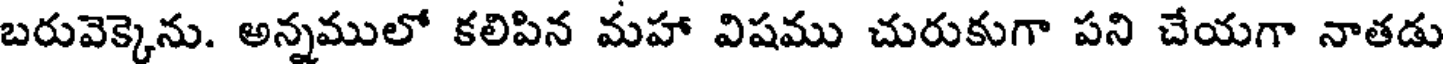
బరువెక్కెను. అన్నములో కలిపిన మహా విషము చురుకుగా పని చేయగా నాతడు